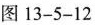
图13-5-12